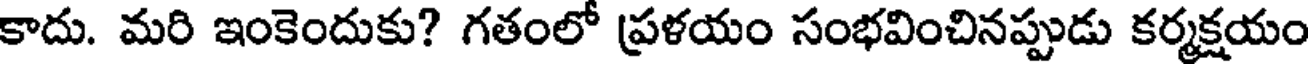
కాదు. మరి ఇంకెందుకు? గతంలో ప్రళయం సంభవించినప్పుడు కర్మక్షయం